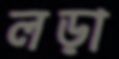
লড়া